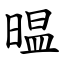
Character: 㬈